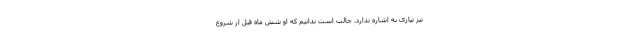
نیز نیازی به اشاره ندارد. جالب است بدانیم که او شش ماه قبل از شروع